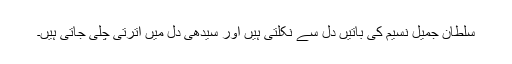
سلطان جمیل نسیم کی باتیں دل سے نکلتی ہیں اور سیدھی دل میں اترتی چلی جاتی ہیں۔